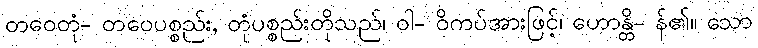
တဝေတုံ- တဝေပစ္စည်း, တုံပစ္စည်းတိုသည်၊ ဝါ- ဝိကပ်အားဖြင့်၊ ဟောန္တိ- န်၏။ သော